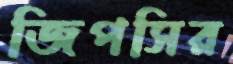
জিপসির